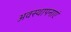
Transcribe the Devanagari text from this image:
अवस्थापनाएं